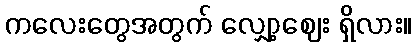
ကလေးတွေအတွက် လျှော့ဈေး ရှိလား။